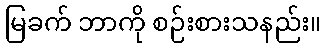
မြခက် ဘာကို စဉ်းစားသနည်း။